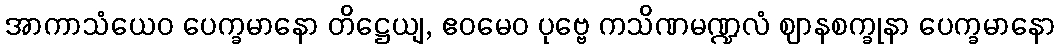
အာကာသံယေဝ ပေက္ခမာနော တိဋ္ဌေယျ, ဧဝမေဝ ပုဗ္ဗေ ကသိဏမဏ္ဍလံ ဈာနစက္ခုနာ ပေက္ခမာနော